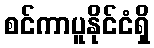
စင်ကာပူနိုင်ငံရှိ